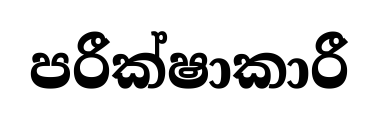
පරීක්ෂාකාරී